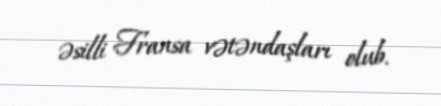
əsilli Fransa vətəndaşları olub.